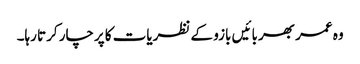
وہ عمر بھر بائیں بازو کے نظریات کا پرچار کرتا رہا۔